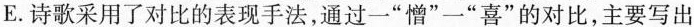
E.诗歌采用了对比的表现手法，通过一”憎”一”喜”的对比，主要写出